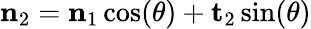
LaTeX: \mathbf{n}_{2}=\mathbf{n}_{1}\cos(\theta)+\mathbf{t}_{2}\sin(\theta)